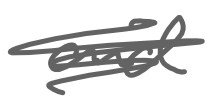
Text: and
Cross-out: mix
Writing tool: digital_gray